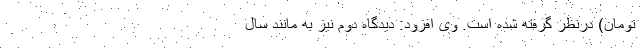
تومان) درنظر گرفته شده است. وی افزود: دیدگاه دوم نیز به مانند سال